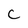
Character: c